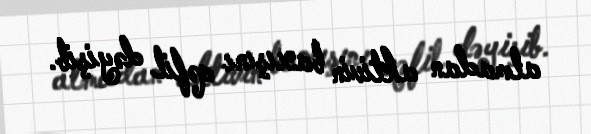
almadan aktivin baxışını qəfil dəyişib.